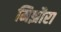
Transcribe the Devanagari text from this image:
मिझौरा